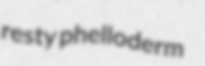
resty phelloderm